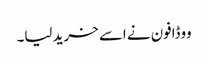
ووڈافون نے اسے خرید لیا۔